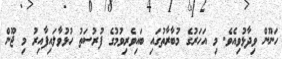
ހަނޫން ވިދާޅުވިއެވެ. މި އަހަރުގެ މުބާރާތުގައި ބައިވެރިވުމުގެ ފުރުސަތު ހުޅުވާލައިފާއިރު މި ޖޫން